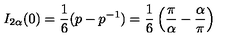
I _ { 2 \alpha } ( 0 ) = \frac { 1 } { 6 } ( p - p ^ { - 1 } ) = \frac { 1 } { 6 } \left( \frac { \pi } { \alpha } - \frac { \alpha } { \pi } \right)